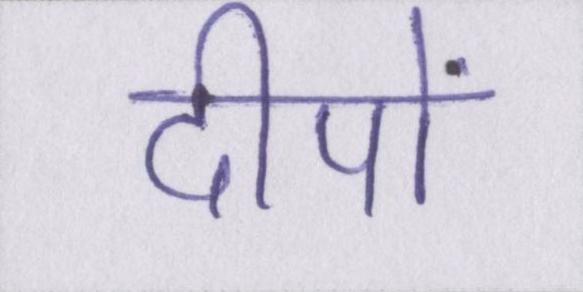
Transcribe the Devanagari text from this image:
दीपों